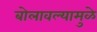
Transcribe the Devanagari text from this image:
बोलावल्यामुळे